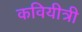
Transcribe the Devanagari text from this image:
कवियीत्री